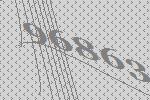
96863